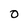
Character: O